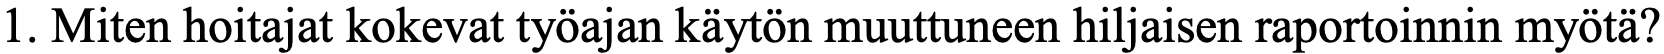
1. Miten hoitajat kokevat työajan käytön muuttuneen hiljaisen raportoinnin myötä?